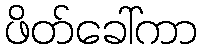
ဖိတ်ခေါ်ကာ